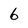
Character: 6